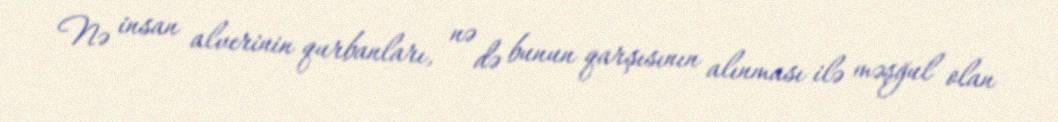
Nə insan alverinin qurbanları, nə də bunun qarşısının alınması ilə məşğul olan